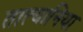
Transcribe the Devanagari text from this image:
तात्यानिया